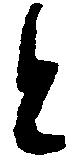
と